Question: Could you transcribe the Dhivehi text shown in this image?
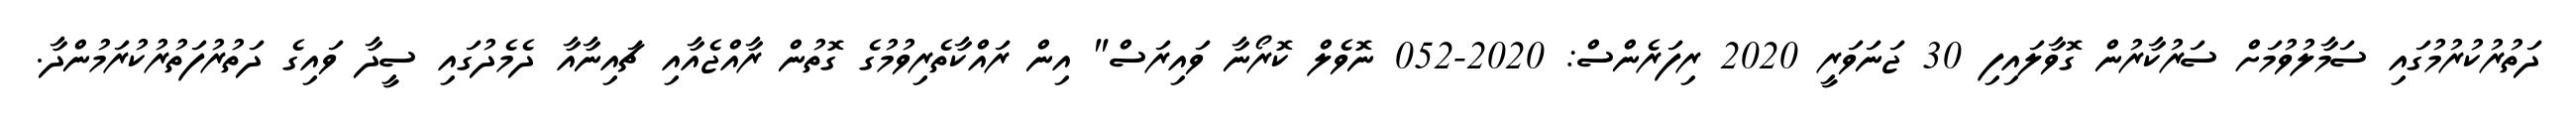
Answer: ދަތުރުކުރުމުގައި ސަމާލުވުމަށް ސަރުކާރުން ގޮވާލައިފި 30 ޖަނަވަރީ 2020 ރިފަރެންސް: 2020-052 ނޮވެލް ކޮރޯނާ ވައިރަސް" އިން ރައްކާތެރިވުމުގެ ގޮތުން ރާއްޖެއާއި ޗައިނާއާ ދެމެދުގައި ސީދާ ވައިގެ ދަތުރުފަތުރުކުރަމުންދާ.